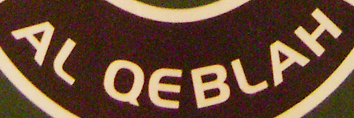
AL QEBLAH